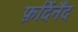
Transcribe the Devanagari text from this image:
फ़र्दिनैंद